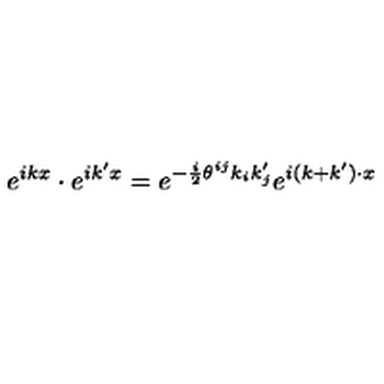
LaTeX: e ^ { i k x } \cdot e ^ { i k ^ { \prime } x } = e ^ { - { \frac { i } { 2 } } \theta ^ { i j } k _ { i } k _ { j } ^ { \prime } } e ^ { i ( k + k ^ { \prime } ) \cdot x }